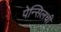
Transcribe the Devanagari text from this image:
पेन्सिलची